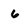
Character: 6